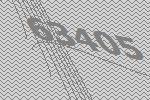
63405